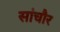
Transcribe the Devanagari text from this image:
सांचौर